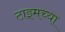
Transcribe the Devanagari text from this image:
टाइमच्या